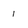
Character: 1